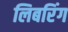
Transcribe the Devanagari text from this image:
लिबरिंग